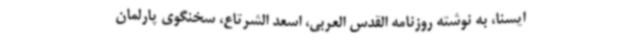
ایسنا، به نوشته روزنامه القدس العربی، اسعد الشرتاع، سخنگوی پارلمان